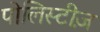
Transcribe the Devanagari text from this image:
पोलिस्टीज़